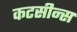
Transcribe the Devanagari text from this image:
कटसीन्स